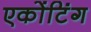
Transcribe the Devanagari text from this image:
एकोंटिंग